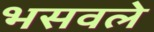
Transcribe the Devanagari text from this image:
भसवले